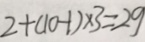
2 + ( 1 0 - 1 ) \times 3 = 2 9